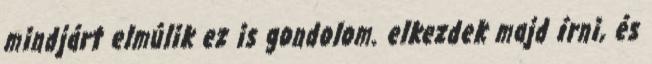
mindjárt elmúlik ez is gondolom. elkezdek majd írni, és